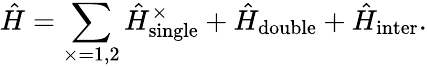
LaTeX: \hat{H}=\sum_{\times=1,2}\hat{H}_{\textrm{single}}^{\times}+\hat{H}_{\textrm{double}}+\hat{H}_{\textrm{inter}}.